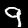
Label: 9